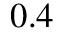
0 . 4